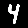
Digit: 4